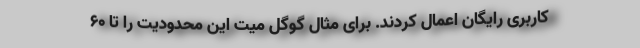
کاربری رایگان اعمال کردند. برای مثال گوگل میت این محدودیت را تا 60